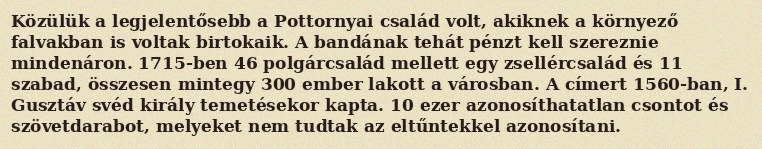
Közülük a legjelentősebb a Pottornyai család volt, akiknek a környező falvakban is voltak birtokaik. A bandának tehát pénzt kell szereznie mindenáron. 1715-ben 46 polgárcsalád mellett egy zsellércsalád és 11 szabad, összesen mintegy 300 ember lakott a városban. A címert 1560-ban, I. Gusztáv svéd király temetésekor kapta. 10 ezer azonosíthatatlan csontot és szövetdarabot, melyeket nem tudtak az eltűntekkel azonosítani.